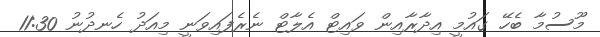
މޫސުމާ ބެހޭ ގައުމީ އިދާރާއިން ވައިޓް އެލާޓް ނެރެފައިވަނީ މިއަދު ހެނދުނު 11:30